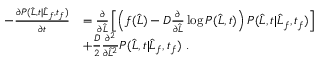
\begin{array} { r l } { - \frac { \partial P ( \widehat { L } , t | \widehat { L } _ { f } , t _ { f } ) } { \partial t } } & { = \frac { \partial } { \partial \widehat { L } } \left[ \left( f ( \widehat { L } ) - D \frac { \partial } { \partial \widehat { L } } \log P ( \widehat { L } , t ) \right) P ( \widehat { L } , t | \widehat { L } _ { f } , t _ { f } ) \right] } \\ & { + \frac { D } { 2 } \frac { \partial ^ { 2 } } { \partial \widehat { L } ^ { 2 } } P ( \widehat { L } , t | \widehat { L } _ { f } , t _ { f } ) \ . } \end{array}